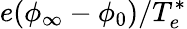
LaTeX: e(\phi_{\infty}-\phi_{0})/T_{e}^{*}